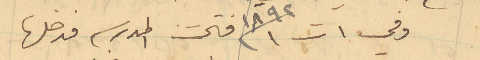
وفي 1 ت سنة 1892 فتحت المدرسه فدخلها